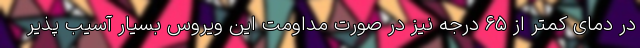
در دمای کمتر از ۶۵ درجه نیز در صورت مداومت این ویروس بسیار آسیب پذیر